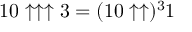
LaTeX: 1 0 \uparrow \uparrow \uparrow 3 = ( 1 0 \uparrow \uparrow ) ^ { 3 } 1